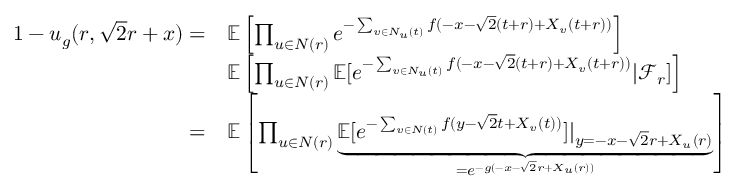
\begin{array} { r l } { 1 - u _ { g } ( r , \sqrt { 2 } r + x ) = } & { \mathbb { E } \left[ \prod _ { u \in N ( r ) } e ^ { - \sum _ { v \in N _ { u } ( t ) } f ( - x - \sqrt { 2 } ( t + r ) + X _ { v } ( t + r ) ) } \right] } \\ & { \mathbb { E } \left[ \prod _ { u \in N ( r ) } \mathbb { E } [ e ^ { - \sum _ { v \in N _ { u } ( t ) } f ( - x - \sqrt { 2 } ( t + r ) + X _ { v } ( t + r ) ) } \vert \mathcal { F } _ { r } ] \right] } \\ { = } & { \mathbb { E } \left[ \prod _ { u \in N ( r ) } \underbrace { \mathbb { E } [ e ^ { - \sum _ { v \in N ( t ) } f ( y - \sqrt { 2 } t + X _ { v } ( t ) ) } ] \vert _ { y = - x - \sqrt { 2 } r + X _ { u } ( r ) } } _ { = e ^ { - g ( - x - \sqrt { 2 } r + X _ { u } ( r ) ) } } \right] } \end{array}